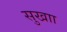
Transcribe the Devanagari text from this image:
सुखाा